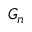
G _ { n }